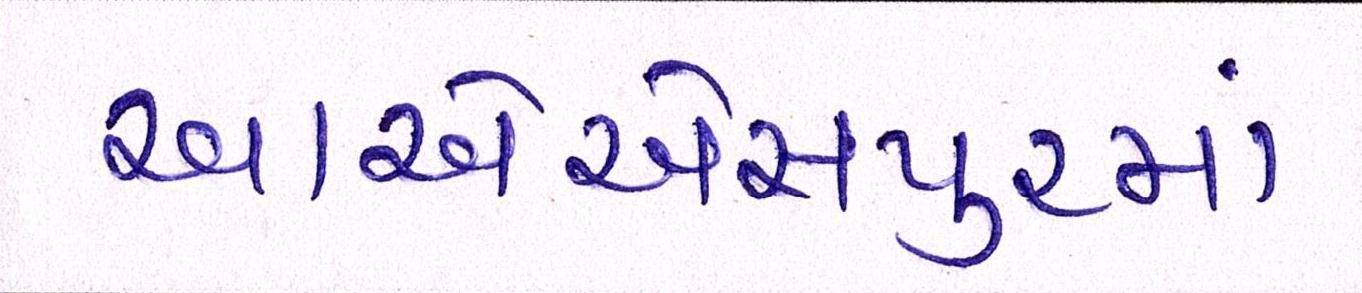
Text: આએએસપુરમાં